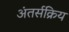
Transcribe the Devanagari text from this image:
अंतर्सक्रिय